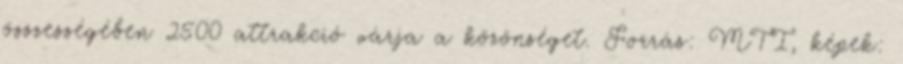
összességében 2500 attrakció várja a közönséget. Forrás: MTI, képek: